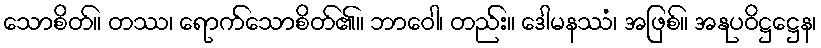
သောစိတ်။ တဿ၊ ရောက်သောစိတ်၏။ ဘာဝေါ၊ တည်း။ ဒေါမနဿံ၊ အဖြစ်။ အနုပဝိဋ္ဌဋ္ဌေန၊